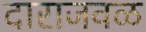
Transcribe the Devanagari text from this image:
दाराजवळ